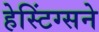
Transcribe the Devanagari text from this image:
हेस्टिंग्सने